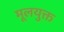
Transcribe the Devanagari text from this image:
मूलयुक्त